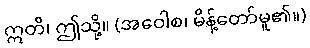
ဣတိ၊ ဤသို့။ (အဝေါစ၊ မိန့်တော်မူ၏။)